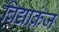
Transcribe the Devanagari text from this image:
विद्याकंज